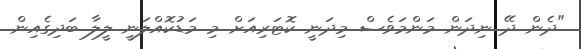
"ދެން ދޭ ނިދަން މަންމަވެސް މިދަނީ ކޮޓަރިއަށް މި މަޑުކޮއްލަނީ ލީލާ ބަދިގެއިން